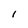
Character: 1